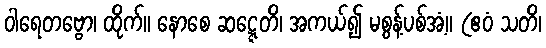
ဝါရေတဗ္ဗော၊ ထိုက်။ နောစေ ဆဋ္ဋေတိ၊ အကယ်၍ မစွန့်ပစ်အံ့။ (ဧဝံ သတိ၊